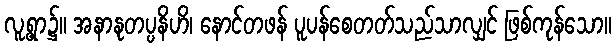
လူ့ရွာ၌။ အနာနုတပ္ပနိဟိ၊ နောင်တဖန် ပူပန်စေတတ်သည်သာလျှင် ဖြစ်ကုန်သော။